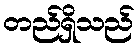
တည်ရှိသည်